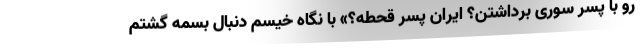
رو با پسر سوری برداشتن؟ ایران پسر قحطه؟» با نگاه خیسم دنبال بسمه گشتم